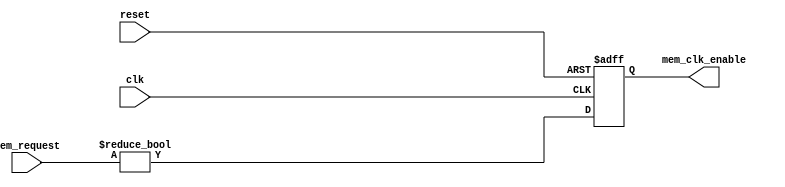
module top_control (
    input wire clk,
    input wire reset,
    input wire [1:0] mem_request, // 2-bit input representing read/write/idle requests
    output wire mem_clk_enable     // Master enable signal for memory clock gating
);
    // Simple combinational logic to generate clock enable based on memory requests
    always @(posedge clk or posedge reset) begin
        if (reset) begin
            mem_clk_enable <= 1'b0; // Disable clock on reset
        end else begin
            // Enable clock if there's a request to read or write
            mem_clk_enable <= (mem_request != 2'b00);
        end
    end
endmodule